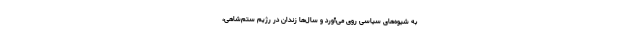
به‌ شیوه‌های‌ سیاسی‌ روی‌ می‌آورد و سال‌ها زندان‌ در رژیم‌ ستم‌شاهی،